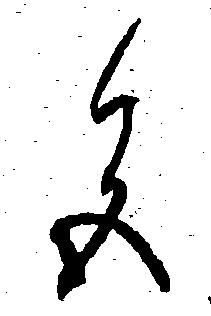
色